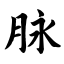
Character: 脉